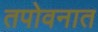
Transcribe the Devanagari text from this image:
तपोवनात